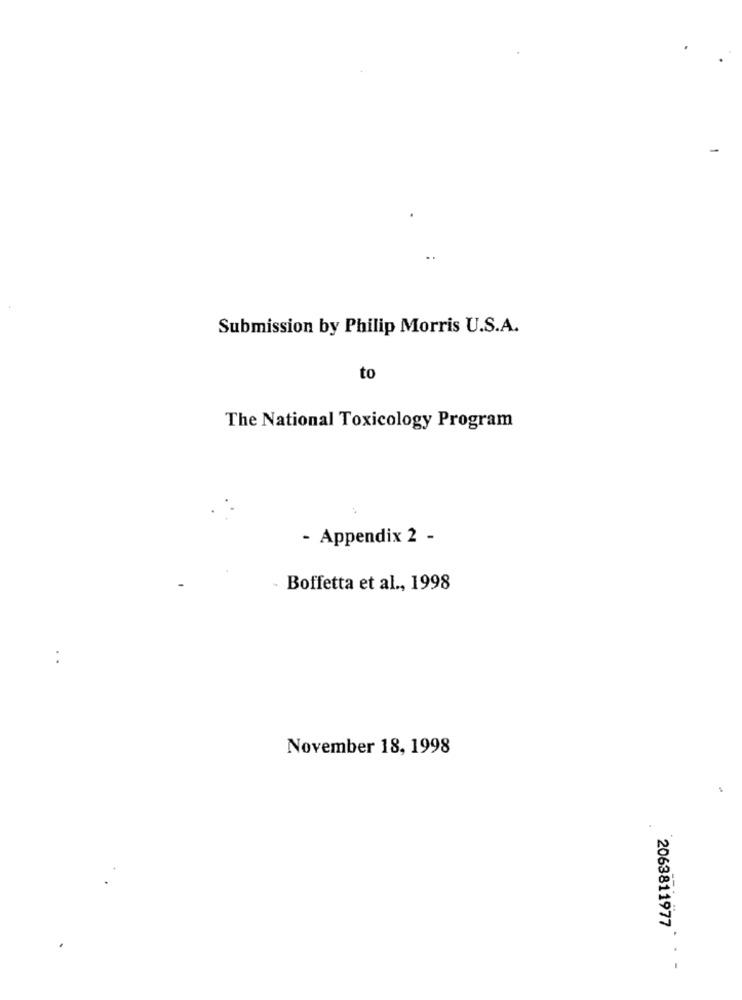
Submission by Philip Morris U.S.A.
to
The National Toxicology Program
- Appendix 2 -
Boffetta et al ., 1998
November 18, 1998
2063811977
. -